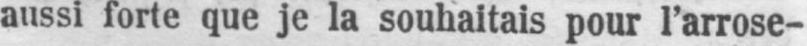
aussi forte que je la souhaitais pour I’arrose-